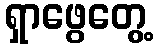
ရှာဖွေတွေ့